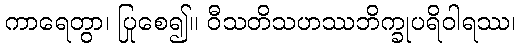
ကာရေတွာ၊ ပြုစေ၍။ ဝီသတိသဟဿဘိက္ခုပရိဝါရဿ၊